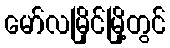
မော်လမြိုင်မြို့တွင်